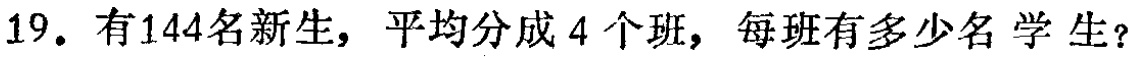
19. 有144名新生，平均分成4 个班，每班有多少名 学 生？